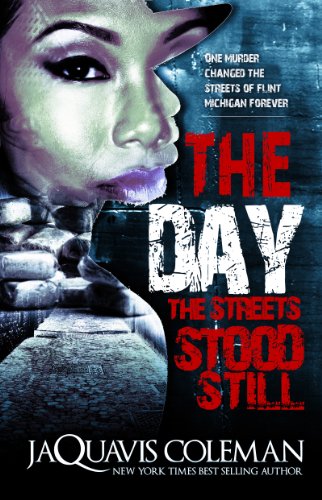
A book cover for The Day the Streets Stood Still (Urban Books); JaQuavis Coleman; Literature & Fiction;